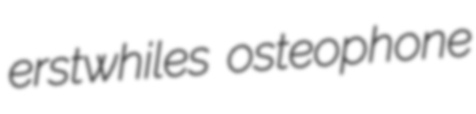
erstwhiles osteophone